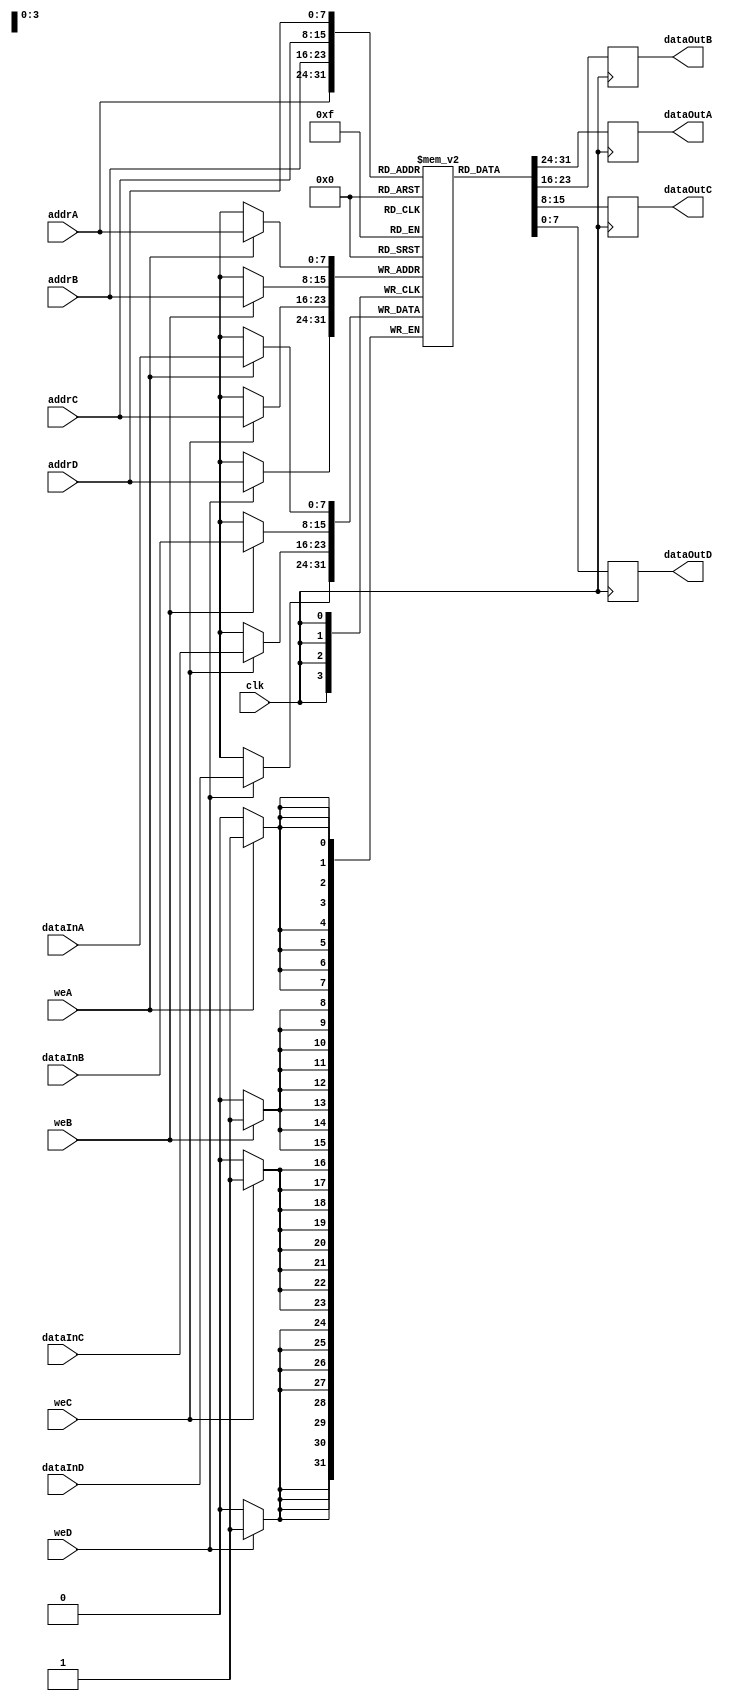
module QuadPortRegisterFile(
    input wire clk,
    input wire [7:0] addrA,
    input wire [7:0] addrB,
    input wire [7:0] addrC,
    input wire [7:0] addrD,
    input wire [7:0] dataInA,
    input wire [7:0] dataInB,
    input wire [7:0] dataInC,
    input wire [7:0] dataInD,
    input wire weA,
    input wire weB,
    input wire weC,
    input wire weD,
    output reg [7:0] dataOutA,
    output reg [7:0] dataOutB,
    output reg [7:0] dataOutC,
    output reg [7:0] dataOutD
);

reg [7:0] registerFile [255:0];

always @(posedge clk) begin
    if (weA) registerFile[addrA] <= dataInA;
    if (weB) registerFile[addrB] <= dataInB;
    if (weC) registerFile[addrC] <= dataInC;
    if (weD) registerFile[addrD] <= dataInD;
    
    dataOutA <= registerFile[addrA];
    dataOutB <= registerFile[addrB];
    dataOutC <= registerFile[addrC];
    dataOutD <= registerFile[addrD];
end

endmodule